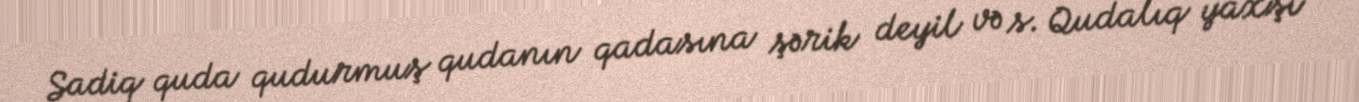
Sadiq quda qudurmuş qudanın qadasına şərik deyil və s. Qudalıq yaxşı